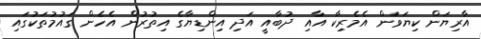
އާރިޔަން ކިޔަވަން އެމެރިކާ އާއި ދުބާއީ އަދި އިންޑިޔާގެ އިތުރުން އެހެން ގައުމުތަކުގައި